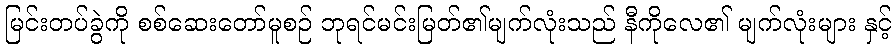
မြင်းတပ်ခွဲကို စစ်ဆေးတော်မူစဉ် ဘုရင်မင်းမြတ်၏မျက်လုံးသည် နီကိုလေ၏ မျက်လုံးများ နှင့်